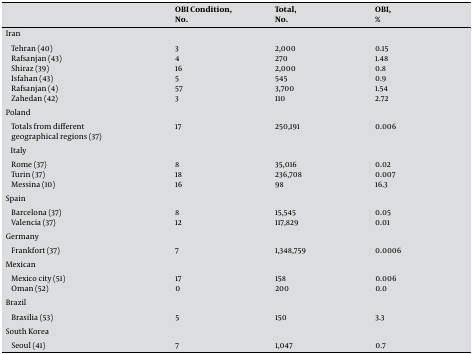
<table><thead><tr><td></td><td><b>OBI Condition, No.</b></td><td><b>Total, No.</b></td><td><b>OBI, %</b></td></tr></thead><tbody><tr><td>Iran</td><td></td><td></td><td></td></tr><tr><td>Tehran [40]</td><td>3</td><td>2,000</td><td>0.15</td></tr><tr><td>Rafsanjan [43]</td><td>4</td><td>270</td><td>1.48</td></tr><tr><td>Shiraz [39]</td><td>16</td><td>2,000</td><td>0.8</td></tr><tr><td>Isfahan [43]</td><td>5</td><td>545</td><td>0.9</td></tr><tr><td>Rafsanjan [4]</td><td>57</td><td>3,700</td><td>1.54</td></tr><tr><td>Zahedan [42]</td><td>3</td><td>110</td><td>2.72</td></tr><tr><td>Poland</td><td></td><td></td><td></td></tr><tr><td>Totals from different</td><td>17</td><td>250,191</td><td>0.006</td></tr><tr><td>geographical regions [37]</td><td></td><td></td><td></td></tr><tr><td>Italy</td><td></td><td></td><td></td></tr><tr><td>Rome [37]</td><td>8</td><td>35,016</td><td>0.02</td></tr><tr><td>Turin [37]</td><td>18</td><td>236,708</td><td>0.007</td></tr><tr><td>Messina [10]</td><td>16</td><td>98</td><td>16.3</td></tr><tr><td>Spain</td><td></td><td></td><td></td></tr><tr><td>Barcelona [37]</td><td>8</td><td>15,545</td><td>0.05</td></tr><tr><td>Valencia [37]</td><td>12</td><td>117,829</td><td>0.01</td></tr><tr><td>Germany</td><td></td><td></td><td></td></tr><tr><td>Frankfort [37]</td><td>7</td><td>1,348,759</td><td>0.0006</td></tr><tr><td>Mexican</td><td></td><td></td><td></td></tr><tr><td>Mexico city [51]</td><td>17</td><td>158</td><td>0.006</td></tr><tr><td>Oman [52]</td><td>0</td><td>200</td><td>0.0</td></tr><tr><td>Brazil</td><td></td><td></td><td></td></tr><tr><td>Brasilia [53]</td><td>5</td><td>150</td><td>3.3</td></tr><tr><td>South Korea</td><td></td><td></td><td></td></tr><tr><td>Seoul [41]</td><td>7</td><td>1,047</td><td>0.7</td></tr></tbody></table>